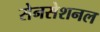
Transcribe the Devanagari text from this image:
सेनसेशनल